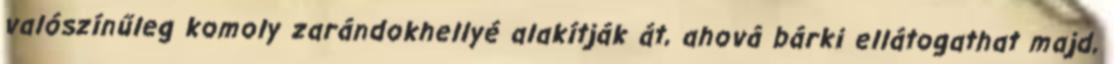
valószínűleg komoly zarándokhellyé alakítják át, ahová bárki ellátogathat majd,